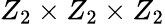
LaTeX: Z_{2}\times Z_{2}\times Z_{2}